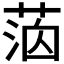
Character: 𦳸